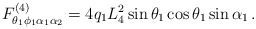
\begin{align*}F^{(4)}_{\theta_1 \phi_1 \alpha_1 \alpha_2}=4{q}_1L_4^2\sin\theta_1 \cos\theta_1 \sin\alpha_1 \, .\end{align*}